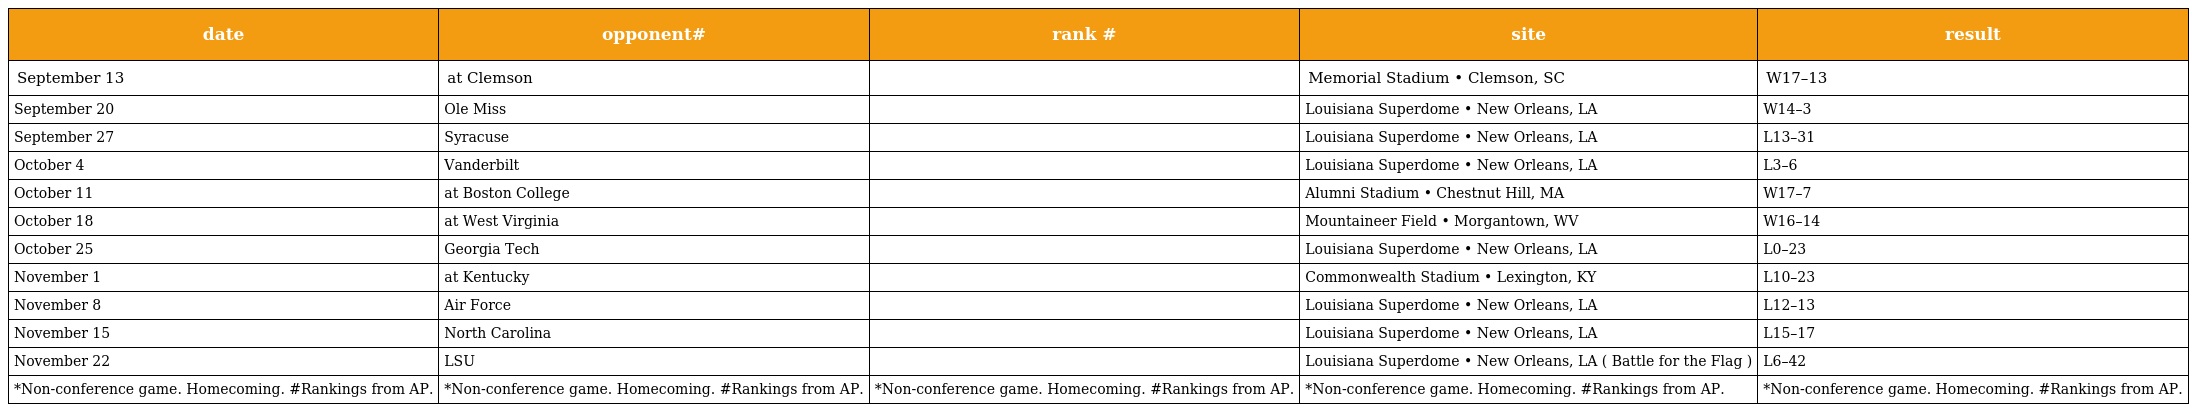
| date | opponent# | rank # | site | result |
 | --- | --- | --- | --- | --- |
 | September 13 | at Clemson |  | Memorial Stadium • Clemson, SC | W17–13 |
 | September 20 | Ole Miss |  | Louisiana Superdome • New Orleans, LA | W14–3 |
 | September 27 | Syracuse |  | Louisiana Superdome • New Orleans, LA | L13–31 |
 | October 4 | Vanderbilt |  | Louisiana Superdome • New Orleans, LA | L3–6 |
 | October 11 | at Boston College |  | Alumni Stadium • Chestnut Hill, MA | W17–7 |
 | October 18 | at West Virginia |  | Mountaineer Field • Morgantown, WV | W16–14 |
 | October 25 | Georgia Tech |  | Louisiana Superdome • New Orleans, LA | L0–23 |
 | November 1 | at Kentucky |  | Commonwealth Stadium • Lexington, KY | L10–23 |
 | November 8 | Air Force |  | Louisiana Superdome • New Orleans, LA | L12–13 |
 | November 15 | North Carolina |  | Louisiana Superdome • New Orleans, LA | L15–17 |
 | November 22 | LSU |  | Louisiana Superdome • New Orleans, LA ( Battle for the Flag ) | L6–42 |
 | *Non-conference game. Homecoming. #Rankings from AP. | *Non-conference game. Homecoming. #Rankings from AP. | *Non-conference game. Homecoming. #Rankings from AP. | *Non-conference game. Homecoming. #Rankings from AP. | *Non-conference game. Homecoming. #Rankings from AP. |